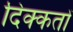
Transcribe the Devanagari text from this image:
दिक्‍कतों